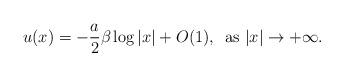
LaTeX: \begin{align*}u(x)=-\frac{a}{2}\beta\log \vert x \vert + O(1), \, \mbox{ as } \vert x \vert \to+\infty.\end{align*}